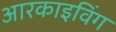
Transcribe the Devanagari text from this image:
आरकाइविंग